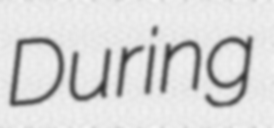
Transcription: During